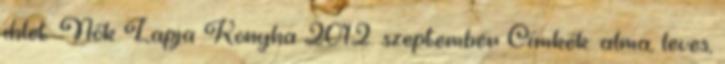
ihlet: Nők Lapja Konyha 2012. szeptember Címkék: alma, leves,